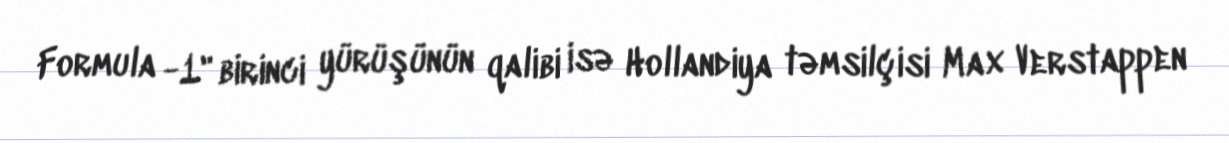
Formula -1" birinci yürüşünün qalibi isə Hollandiya təmsilçisi Max Verstappen